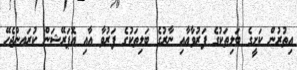
އިތުރުން ކަށީގެ ބަލިތަކުގެ ފަރުވާއާއި ނާރުގެ ބަލިތަކުގެ ފަރުވާ އާއި އޮޕަރޭޝަން ކުރައންޖެހޭ